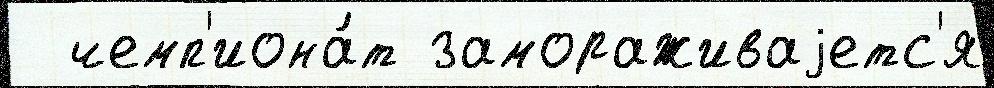
  чемп'иона́т замораживаjетс'я